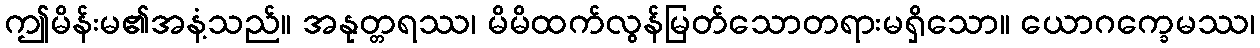
ဤမိန်းမ၏အနံ့သည်။ အနုတ္တရဿ၊ မိမိထက်လွန်မြတ်သောတရားမရှိသော။ ယောဂက္ခေမဿ၊